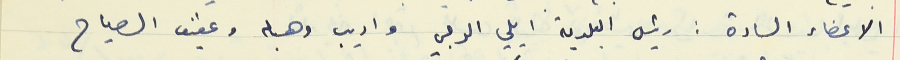
الاعضاء السادة : رئيس البلدية ايلي الرجي واديب وهبه وعفيف الصياح